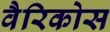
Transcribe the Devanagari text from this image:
वैरिकोस